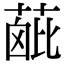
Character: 𦶰